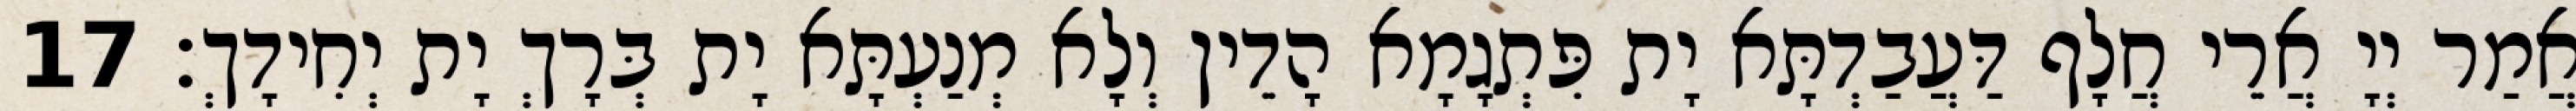
אֲמַר יְיָ אֲרֵי חֲלָף דַּעֲבַדְתָּא יָת פִּתְגָמָא הָדֵין וְלָא מְנַעְתָּא יָת בְּרָךְ יָת יְחִידָךְ׃ 17